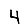
Digit: 4